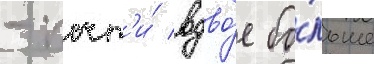
- почт'и́ вдво́е бо́льше